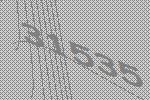
31535